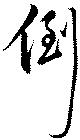
倒